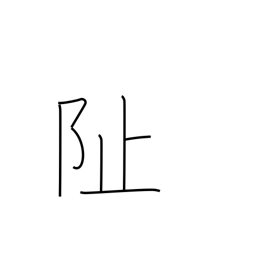
Meaning: foundation